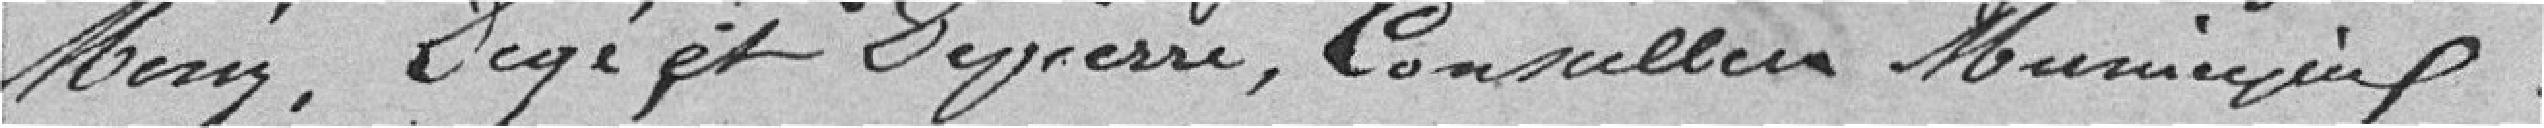
Meny, Degéet Depierre, Conseillers Municipaux.